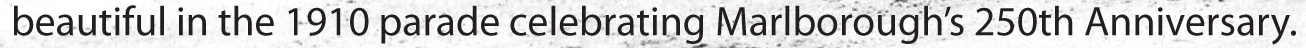
beautiful in the 1910 parade celebrating Marlborough's 250th Anniversary.